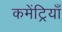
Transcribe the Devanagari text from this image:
कमेंट्रियाँ